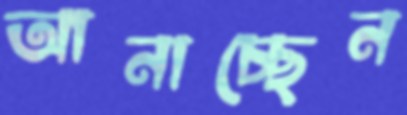
আনাচ্ছেন